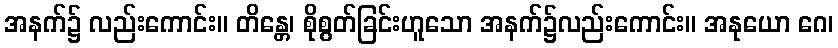
အနက်၌ လည်းကောင်း။ တိန္တေ၊ စိုစွတ်ခြင်းဟူသော အနက်၌လည်းကောင်း။ အနုယော ဂေ၊